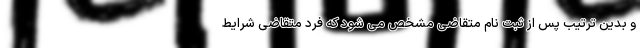
و بدین ترتیب پس از ثبت نام متقاضی مشخص می شود که فرد متقاضی شرایط